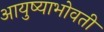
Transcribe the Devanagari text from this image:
आयुष्याभोवती